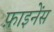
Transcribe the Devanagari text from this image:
फ़ाइनेंस